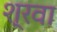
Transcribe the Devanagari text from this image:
श्रवा